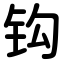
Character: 钩